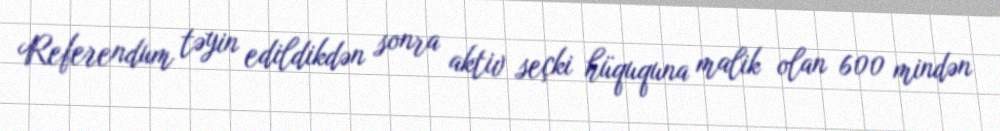
Referendum təyin edildikdən sonra aktiv seçki hüququna malik olan 600 mindən